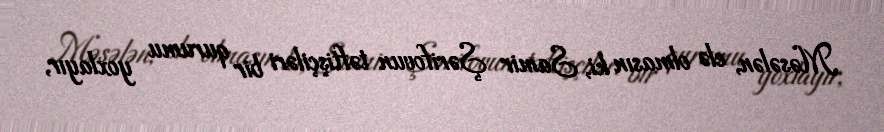
Məsələn, elə olmasın ki, Samir Şərifovun təftişçiləri bir qurumu yoxlayır,